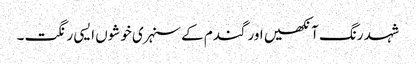
شہد رنگ آنکھیں اور گندم کے سنہری خوشوں ایسی رنگت ۔